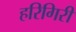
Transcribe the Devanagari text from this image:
हरिगिरी